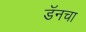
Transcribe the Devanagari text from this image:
डॅनचा